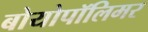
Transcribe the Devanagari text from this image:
बोयोपॉलिमर